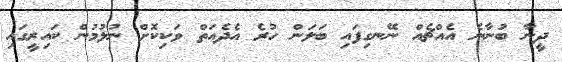
ދީނާ ބުނާނެ އެއްޗެއް ނޭނގިފައި ބަލަން ހުރެ އެދެއަތް ވަކިކޮށް ނުލުމުން ކައިރީގައި